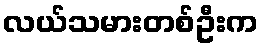
လယ်သမားတစ်ဦးက